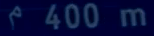
"m\